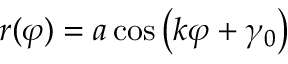
r ( \varphi ) = a \cos \left( k \varphi + \gamma _ { 0 } \right)